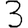
Digit: 3